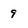
Character: 9